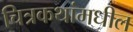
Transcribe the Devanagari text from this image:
चित्रकथांमधील